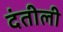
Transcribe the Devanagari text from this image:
दंतीली